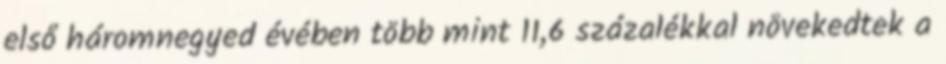
első háromnegyed évében több mint 11,6 százalékkal növekedtek a